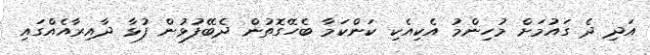
އަދި ދެ ގައުމަށް މުހިންމު އެކިއެކި ކަންކަމާ ބެހޭގޮތުން ދެބޭފުޅުން ފުޅާ ދާއިރާއެއްގައި